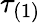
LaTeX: \tau_{(1)}